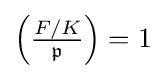
{\textstyle \left({\frac {F/K}{\mathfrak {p}}}\right)=1}